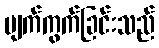
ပျက်ကွက်ခြင်းသည်